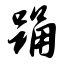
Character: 踊